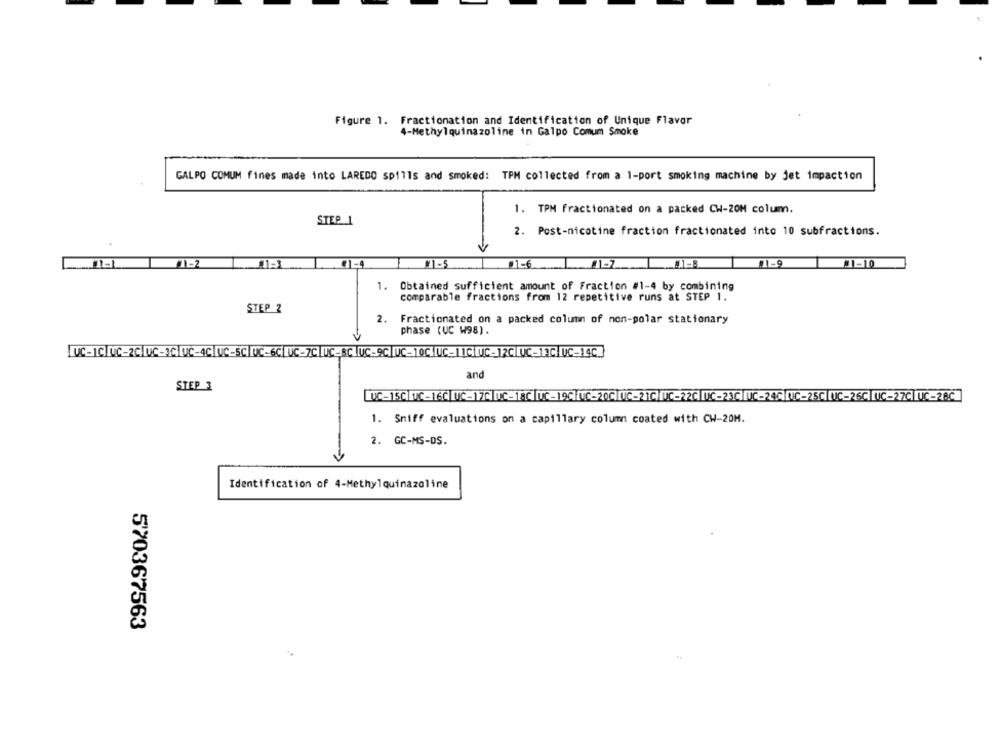
Figure 1. Fractionation and Identification of Unique Flavor
4-Methylquinazoline in Galpo Comum Smoke
GALPO COMUM fines made into LAREDO spills and smoked: TPM collected from a 1-port smoking machine by jet impaction
1. TPM fractionated on a packed CW-20H colum.
STEP 1
2. Post-nicotine fraction fractionated into 10 subfractions.
#1-4
1-5
#1-6
1. Obtained sufficient amount of Fraction #1-4 by combining
comparable fractions from 12 repetitive runs at STEP 1.
STEP 2
2. Fractionated on a packed column of non-polar stationary
phase (UC W98).
LC-IC TUC-2C [UC-3C WC-4C UC-SC NC-6C ITC-7CI ITC_8CI UC-9C| [VC-100] [VC- ] [C] [UC-12CI UC-13C [VC-14C]]
and
STEP 3
WC-15CC-160 8C-20 [Ce ac IC - 190 [VC-200 UC-21C .C.220 IC-23C] [VC-240] [IC-25C] [TC-26C] [C-27C] [UC-28C]
1. Sniff evaluations on a capillary column coated with CW-20H.
2. GC-MS-DS.
Identification of 4-Methylquinazoline
570367563